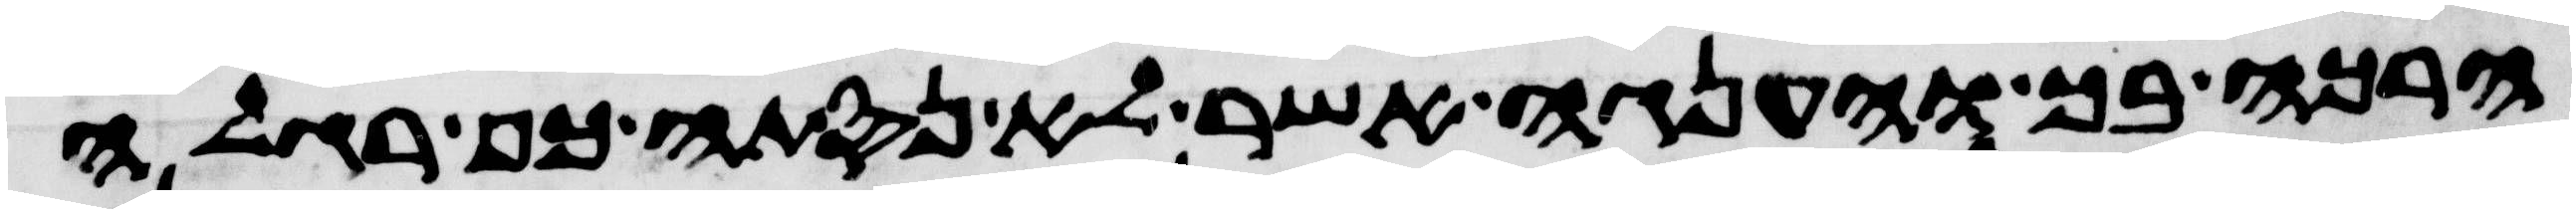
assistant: הרכה בך והענגה אשר לא נסתה כף רגלה